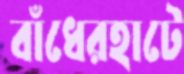
বাঁধেরহাটে